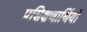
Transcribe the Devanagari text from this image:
प्रशिक्षणार्थियों